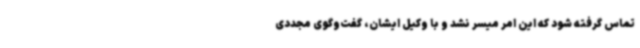
تماس گرفته شود که این امر میسر نشد و با وکیل ایشان، گفت‌وگوی مجددی